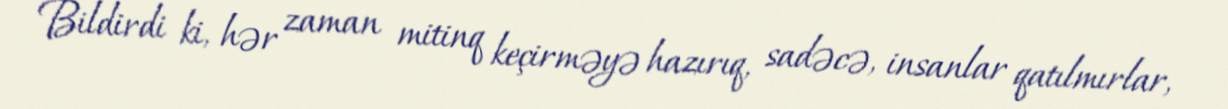
Bildirdi ki, hər zaman mitinq keçirməyə hazırıq, sadəcə, insanlar qatılmırlar,